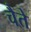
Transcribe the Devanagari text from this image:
चैते